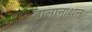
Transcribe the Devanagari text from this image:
बालानाथन